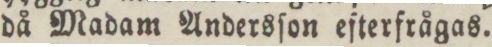
då Madam Andersſon efterfrågas.